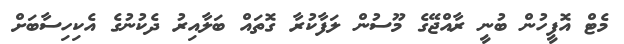
މެޓް އޮފީހުން ބުނީ ރާއްޖޭގެ މޫސުން ލަފާކުރާ ގޮތައް ބަލާއިރު ދެކުނުގެ އެކިހިސާބަށް